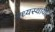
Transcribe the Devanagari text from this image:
मध्यस्थायी